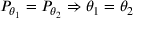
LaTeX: P _ { \theta _ { 1 } } = P _ { \theta _ { 2 } } \Rightarrow \theta _ { 1 } = \theta _ { 2 }